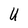
Character: U